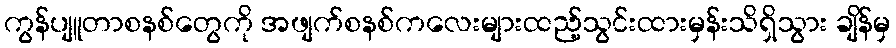
ကွန်ပျူတာစနစ်တွေကို အဖျက်စနစ်ကလေးများထည့်သွင်းထားမှန်းသိရှိသွား ချိန်မှ